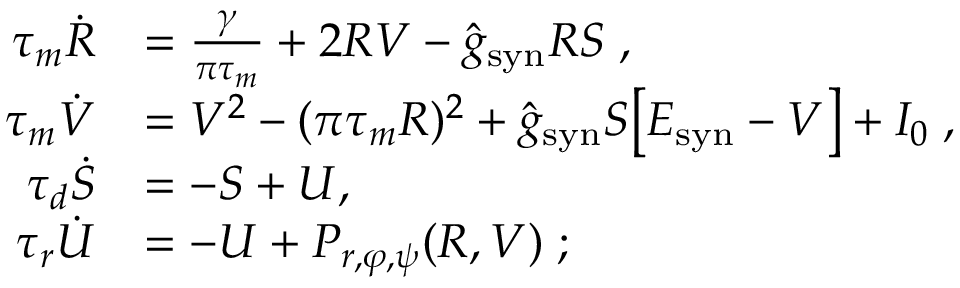
\begin{array} { r l } { \tau _ { m } \dot { R } } & { = \frac { \gamma } { \pi \tau _ { m } } + 2 R V - \hat { g } _ { \mathrm { s y n } } R S \; , } \\ { \tau _ { m } \dot { V } } & { = V ^ { 2 } - ( \pi \tau _ { m } R ) ^ { 2 } + \hat { g } _ { \mathrm { s y n } } S \big [ E _ { \mathrm { s y n } } - V \big ] + I _ { 0 } \; , } \\ { \tau _ { d } \dot { S } } & { = - S + U , \; } \\ { \tau _ { r } \dot { U } } & { = - U + P _ { r , \varphi , \psi } ( R , V ) \; ; } \end{array}